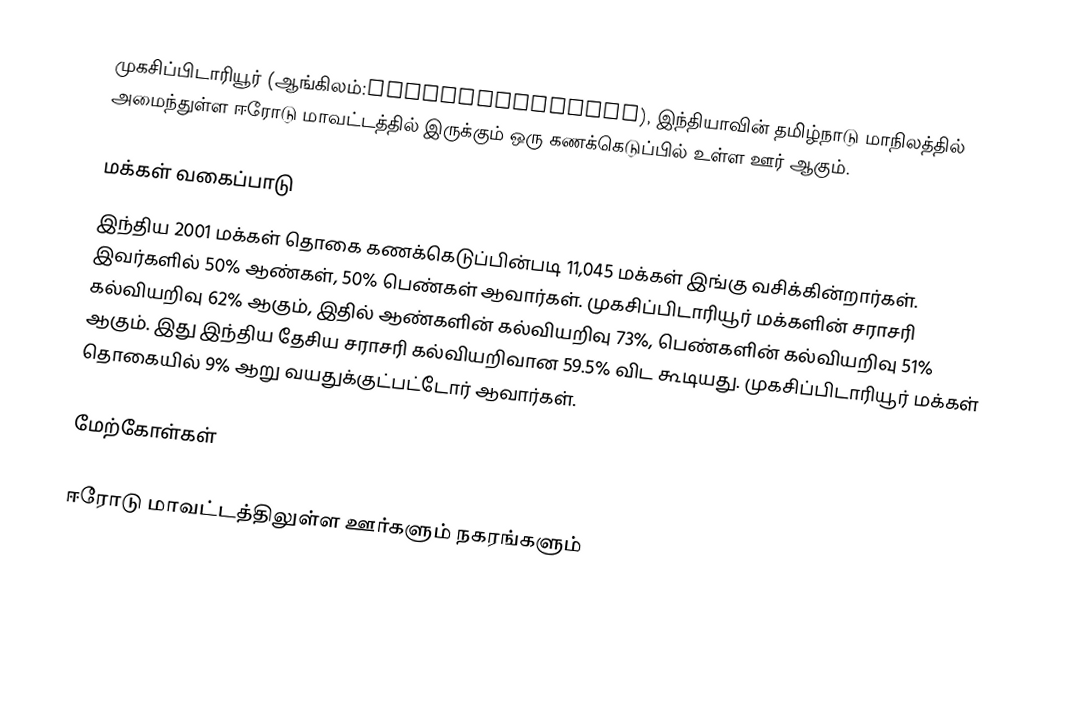
முகசிப்பிடாரியூர் (ஆங்கிலம்:Mukasipidariyur), இந்தியாவின் தமிழ்நாடு மாநிலத்தில் அமைந்துள்ள ஈரோடு மாவட்டத்தில் இருக்கும் ஒரு கணக்கெடுப்பில் உள்ள ஊர்  ஆகும்.

மக்கள் வகைப்பாடு
இந்திய 2001 மக்கள் தொகை கணக்கெடுப்பின்படி 11,045 மக்கள் இங்கு வசிக்கின்றார்கள். இவர்களில் 50% ஆண்கள், 50% பெண்கள் ஆவார்கள். முகசிப்பிடாரியூர் மக்களின் சராசரி கல்வியறிவு 62% ஆகும், இதில் ஆண்களின் கல்வியறிவு 73%, பெண்களின் கல்வியறிவு 51% ஆகும். இது இந்திய தேசிய சராசரி கல்வியறிவான 59.5% விட கூடியது. முகசிப்பிடாரியூர் மக்கள் தொகையில் 9% ஆறு வயதுக்குட்பட்டோர் ஆவார்கள்.

மேற்கோள்கள்

ஈரோடு மாவட்டத்திலுள்ள ஊர்களும் நகரங்களும்